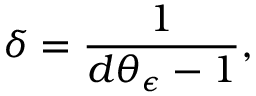
\delta = \frac { 1 } { d \theta _ { \epsilon } - 1 } ,